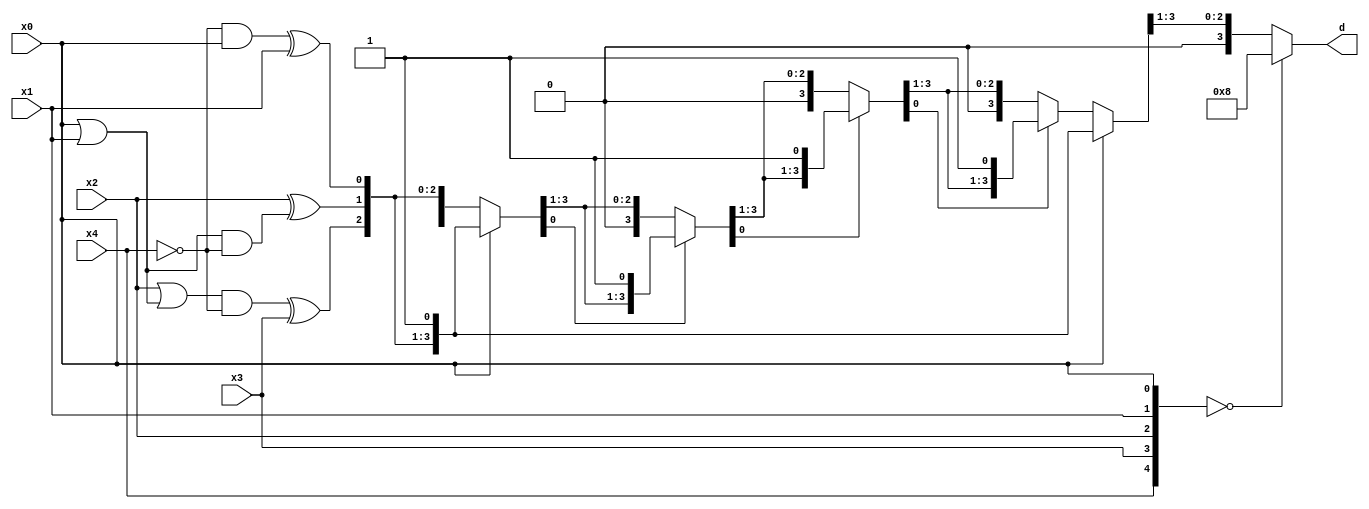
module address_mapping_oms(x4,x3,x2,x1,x0,d);
 input x4,x3,x2,x1,x0;
 output reg [3:0] d;
 reg t1,t2,t3,t4,t5,x4_bar;
 reg [3:0] x_dash,x_2dash;
 reg [3:0] x_dash_temp;
integer i;
 
 always @(*)
 begin
 x_dash[0]=x0;
 x4_bar=~x4;
 t1=x4_bar & x0;
 x_dash[1]=t1 ^ x1;
 t2=x0 | x1;
 t3=t2 & x4_bar;
 x_dash[2]=x2 ^ t3;
 t4=x2|t2;
 t5=t4 & x4_bar;
 x_dash[3]=t5^x3;
 //end 
 
 //always @(*)
  //begin 
  //x_dash_temp=x_dash;
  // if ((x_dash[0])==0)
  //	begin 
  //	  while ((x_dash_temp)%2==0 )
  // 		 begin 
  //		 x_dash_temp=x_dash_temp/2;
  //		 x_dash=x_dash_temp[3:0];
  // 		 end 
  //	  x_2dash=x_dash;	 
  //	end 
if(x_dash[0]==0) 
begin    
 for (i=0;i<4;i=i+1)
  begin 
   if (x_dash[0]==0) 
	begin	
     x_dash_temp=x_dash>>1;
	  x_dash=x_dash_temp;
	 end 
  end 
  x_2dash=x_dash;
end

// if ((x_dash[0])!=0)
 else
	begin 
	    x_2dash=x_dash;
	end
  //end

 //always @(*) 
	//begin 
	 d=x_2dash>>1;
	 if ({x4,x3,x2,x1,x0}==0)
	    d=4'b1000;
	end 	 
endmodule